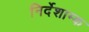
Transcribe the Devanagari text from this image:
निर्देशाम्क